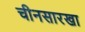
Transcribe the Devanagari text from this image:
चीनसारखा